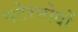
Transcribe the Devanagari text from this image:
पटेरनोदों